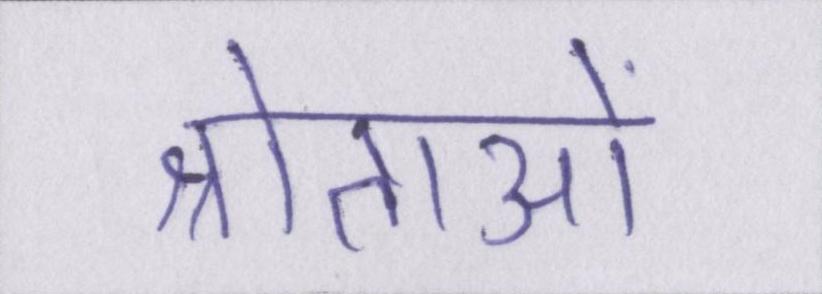
श्रोताओं